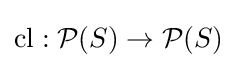
{\text{cl}}:{\mathcal {P}}(S)\to {\mathcal {P}}(S)